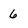
Character: 6